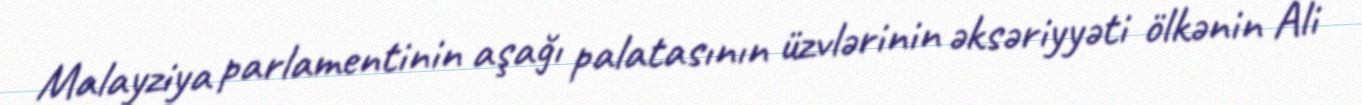
Malayziya parlamentinin aşağı palatasının üzvlərinin əksəriyyəti ölkənin Ali